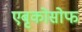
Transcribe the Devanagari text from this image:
एबृकोसोफ